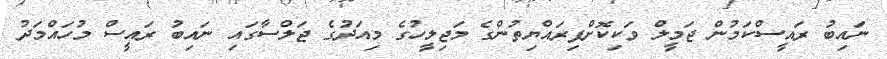
ނައިބު ރައީސްކަމުން ޖަމީލް ވަކިކޮށްފިރައްޔިތުންގެ މަޖިލީހުގެ މިއަދުގެ ޖަލްސާގައި ނައިބު ރައީސް މުހައްމަދު